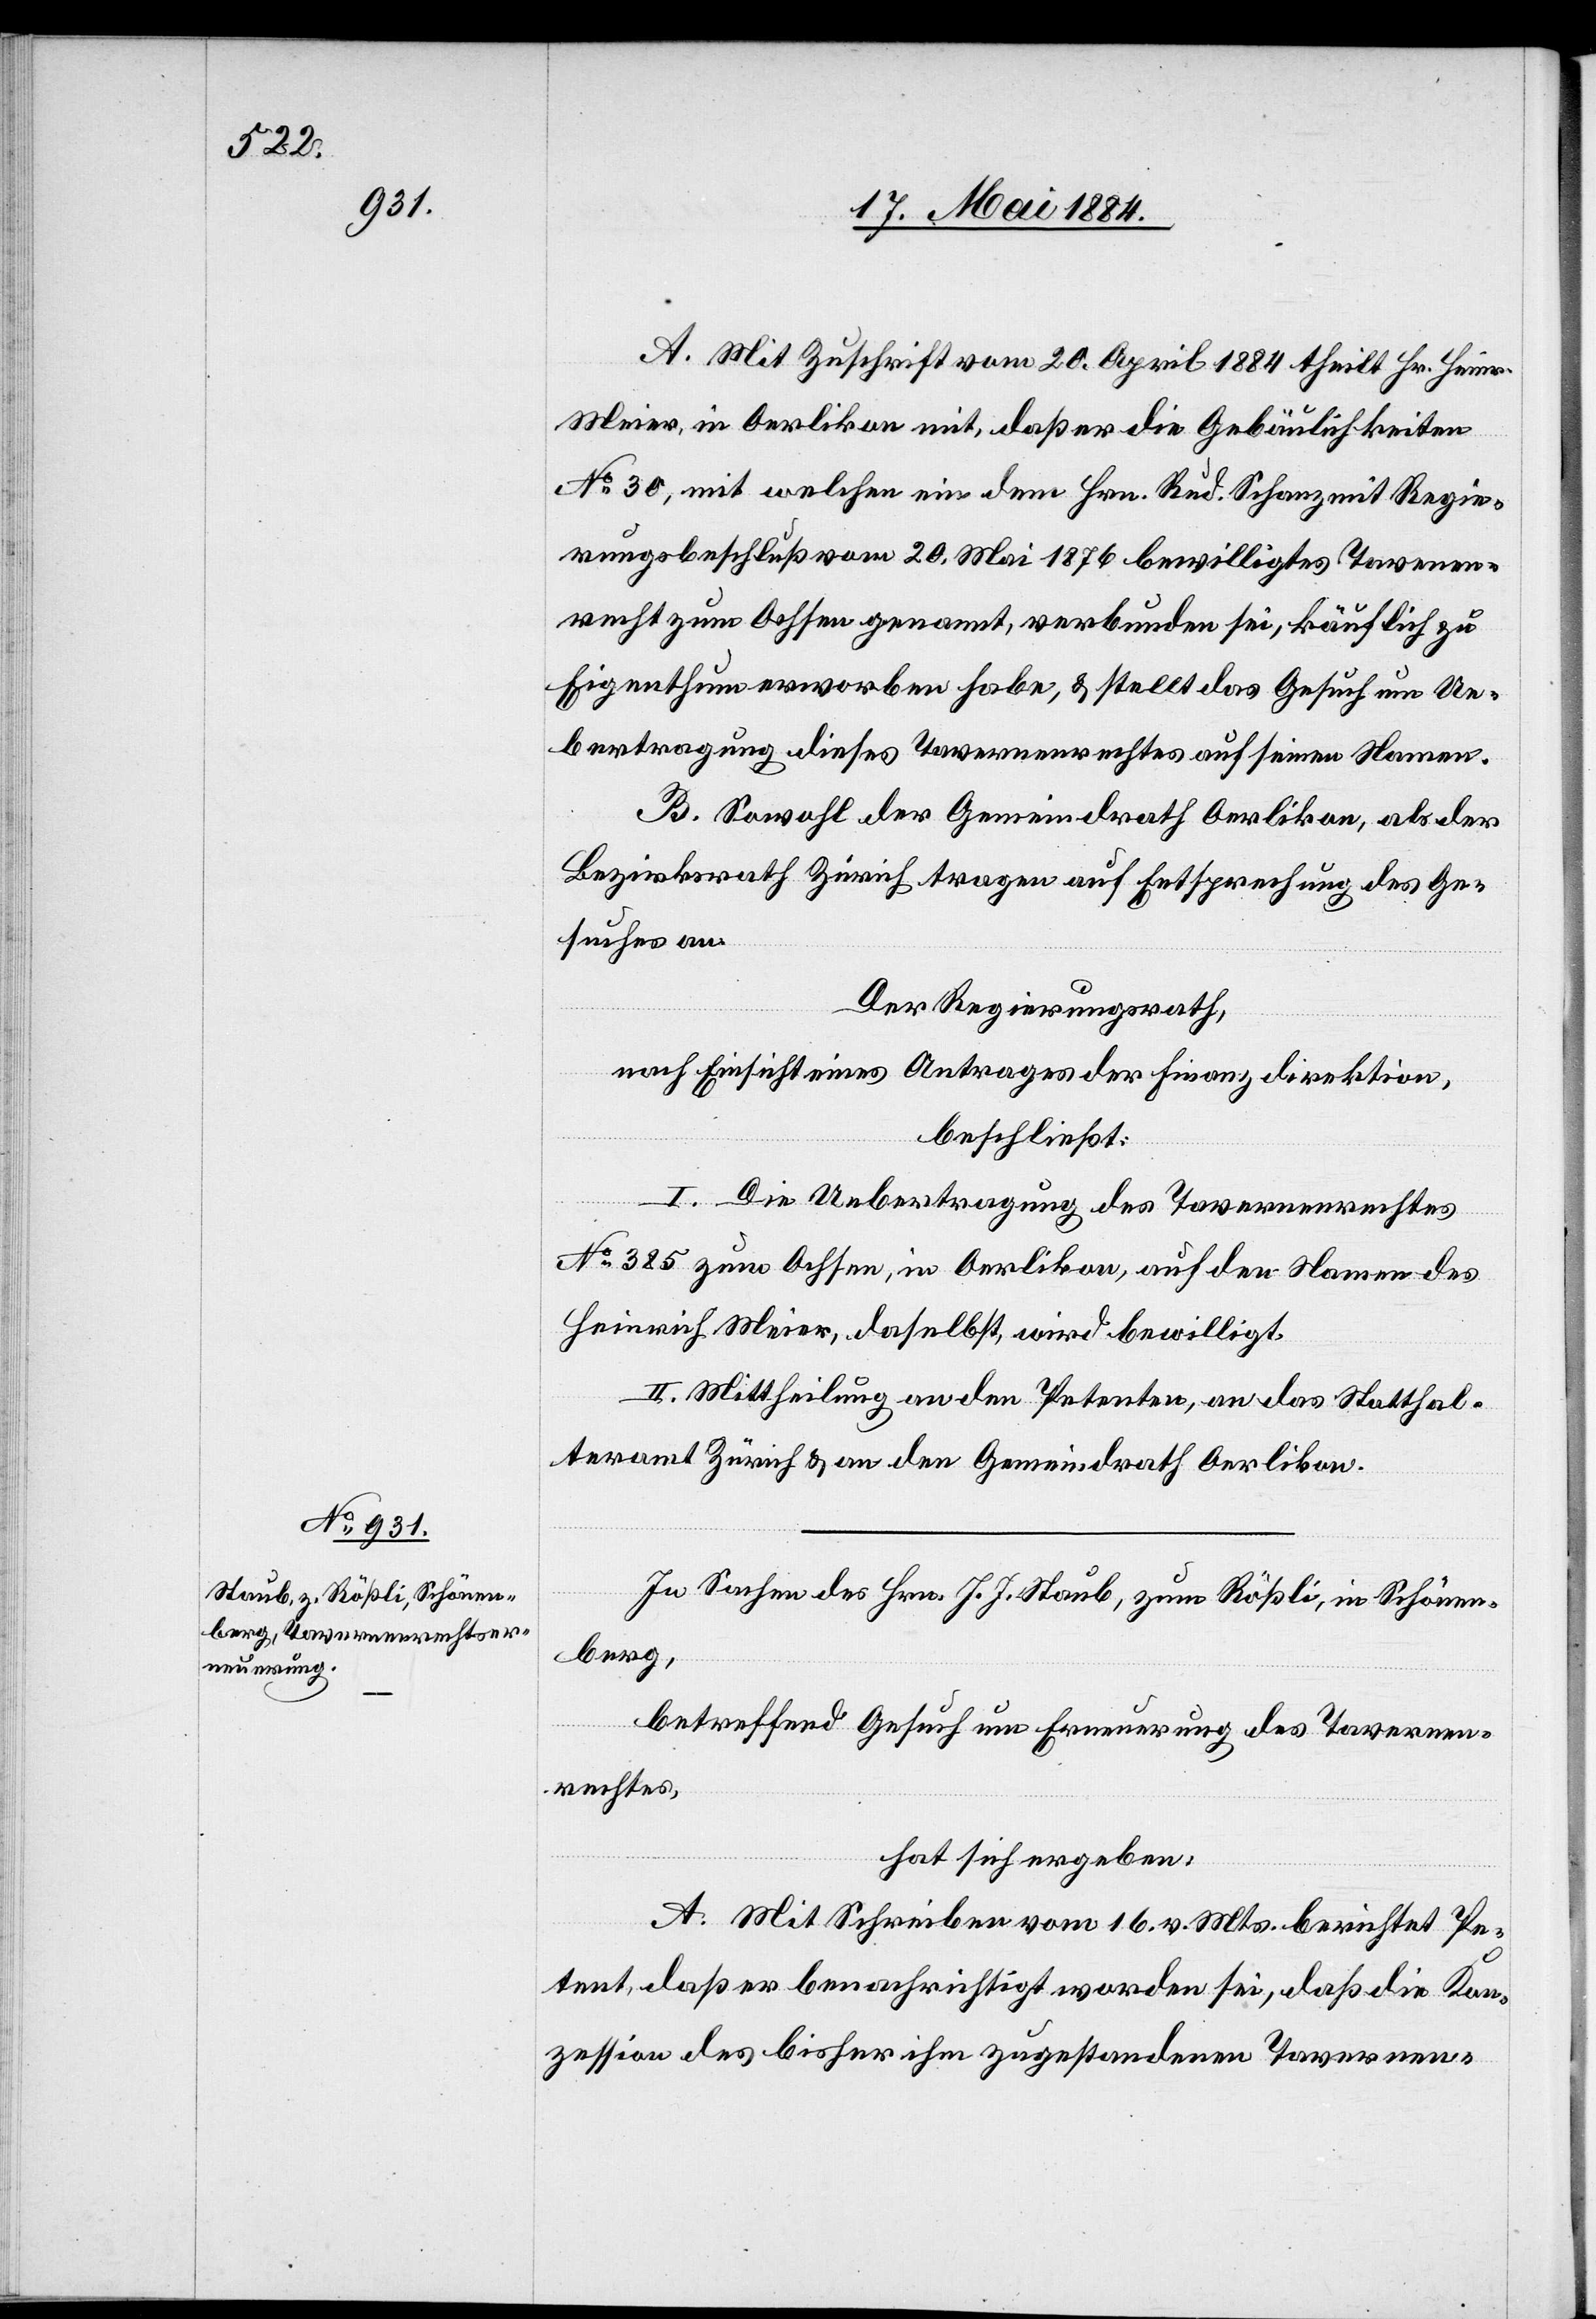
A. Mit Zuschrift vom 20. April 1884 theilt Hr. Heinr.
Meier, in Oerlikon mit, daß er die Gebäulichkeiten
No 30, mit welchen ein dem Hrn. Rud. Schanz mit Regie¬
rungsbeschluß vom 20. Mai 1876 bewilligtes Tavernen¬
recht zum Ochsen genannt, verbunden sei, käuflich zu
Eigenthum erworben habe, & stellt das Gesuch um Ue¬
bertragung dieses Tavernenrechtes auf seinen Namen.
B. Sowohl der Gemeindrath Oerlikon, als der
Bezirksrath Zürich tragen auf Entsprechung des Ge¬
suches an.
Der Regierungsrath,
nach Einsicht eines Antrages der Finanzdirektion,
beschließt:
I. Die Uebertragung des Tavernenrechtes
No 385 zum Ochsen, in Oerlikon, auf den Namen des
Heinrich Meier, daselbst, wird bewilligt.
II. Mittheilung an den Petenten, an das Statthal¬
teramt Zürich & an den Gemeindrath Oerlikon.
In Sachen des Hrn. J. J. Staub, zum Rößli, in Schönen¬
berg,
betreffend Gesuch um Erneuerung des Tavernen¬
rechtes,
hat sich ergeben:
A. Mit Schreiben vom 16. v. Mts. berichtet Pe¬
tent, daß er benachrichtigt worden sei, daß die Kon¬
zession des bisher ihm zugestandenen Tavernen-